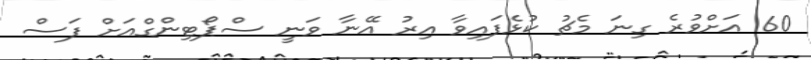
60 އަށްވުރެ ގިނަ މެޗު ކުޅެފައިވާ އިރު އޭނާ ވަނީ ސްޕޯޓިންގްއަށް ފަސް